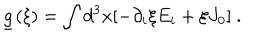
\underline { { { g } } } ( \xi ) = \int d ^ { 3 } x [ - \partial _ { i } \xi E _ { i } + \xi J _ { 0 } ] \ .